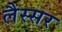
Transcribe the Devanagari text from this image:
लैस्सर